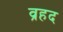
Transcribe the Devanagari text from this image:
व्रहद